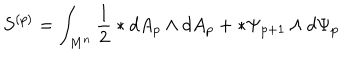
S ^ { ( p ) } = \int _ { M ^ { n } } ^ { } { \frac { 1 } { 2 } } \ast d A _ { p } \wedge d A _ { p } + \ast \Psi _ { p + 1 } \wedge d \Psi _ { p }